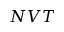
N V T